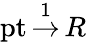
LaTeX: \operatorname{pt}{\stackrel{1}{\to}}\, R